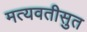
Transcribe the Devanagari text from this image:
मत्यवतीसुत